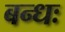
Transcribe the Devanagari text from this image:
बन्धः